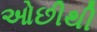
ઓછીથી